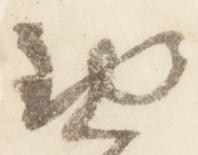
勤